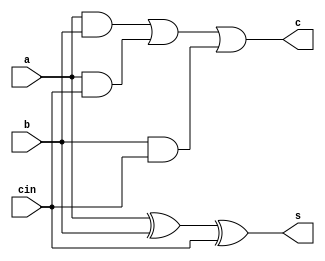
module fulladder(s,c,a,b,cin);
  input a, b, cin;
  output s, c;
  wire n1,n2,n3,n4;

  // Para el s
  xor xor1(n1, a, b);
  xor xor2(s, n1, cin);

  // Para el c
  and and1(n2, a, b);
  and and2(n3, a, cin);
  and and3(n4, b, cin);
  or or1(c, n2, n3, n4);
endmodule